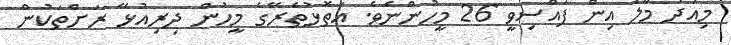
މިއަދު މާލެ އިން ފައްސިވީ 26 މީހުންނެވެ. އަތޮޅުތެރޭގެ މީހުން ދިރިއުޅޭ ރަށްތަކުން